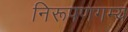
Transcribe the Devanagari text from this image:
निरूपणगम्य